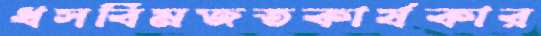
ধসবিমজতকার্যকার